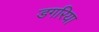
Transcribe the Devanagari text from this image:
डगरिया